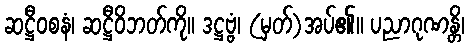
ဆဋ္ဌီဝစနံ၊ ဆဋ္ဌီဝိဘတ်ကို။ ဒဋ္ဌဗ္ဗံ၊ (မှတ်)အပ်၏။ ပညာဂုဏန္တိ၊